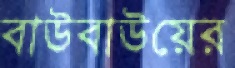
বাউবাউয়ের